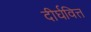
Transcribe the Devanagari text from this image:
दीर्घवित्त